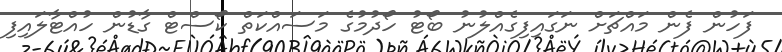
ފަހުން ފެން މައްޗަށް ނަގައިފިގެއްލުނު ބޯޓު ހޯދުމުގެ މަސައްކަތް ކޯސްޓް ގާޑުން ހުއްޓާލައިފި